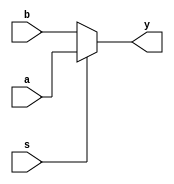
`timescale 1ns / 1ps
//////////////////////////////////////////////////////////////////////////////////
// Company: 
// Engineer: 
// 
// Design Name: 
// Module Name: mux2x1_64
// Project Name: 
// Target Devices: 
// Tool Versions: 
// Description: 
// 
// Dependencies: 
// 
// Revision:
// Revision 0.01 - File Created
// Additional Comments:
// 
//////////////////////////////////////////////////////////////////////////////////


module mux2x1_64(
	input wire [63:0] a,
	input wire [63:0] b,
	input wire s,
	output wire [63:0] y
    );

	assign y = (s == 1)? a : b;
endmodule